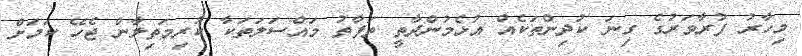
މިހާރު ފުރާވަރުގެ ގިނަ ކުދިންތަކެއް އުޅެމުންދާތީ ތަފާތު މައްސަލަތަކާ ކުރިމަތިލާން ޖެހޭ ކަމަށް